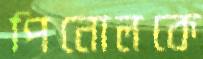
পিনোলকে